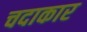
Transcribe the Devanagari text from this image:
चदाकार